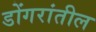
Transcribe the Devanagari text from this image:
डोंगरांतील